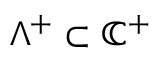
\Lambda ^ { + } \subset \mathbb { C } ^ { + }